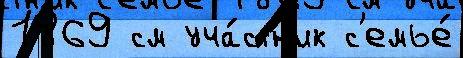
1869 см уча́стн'ик с'емье́